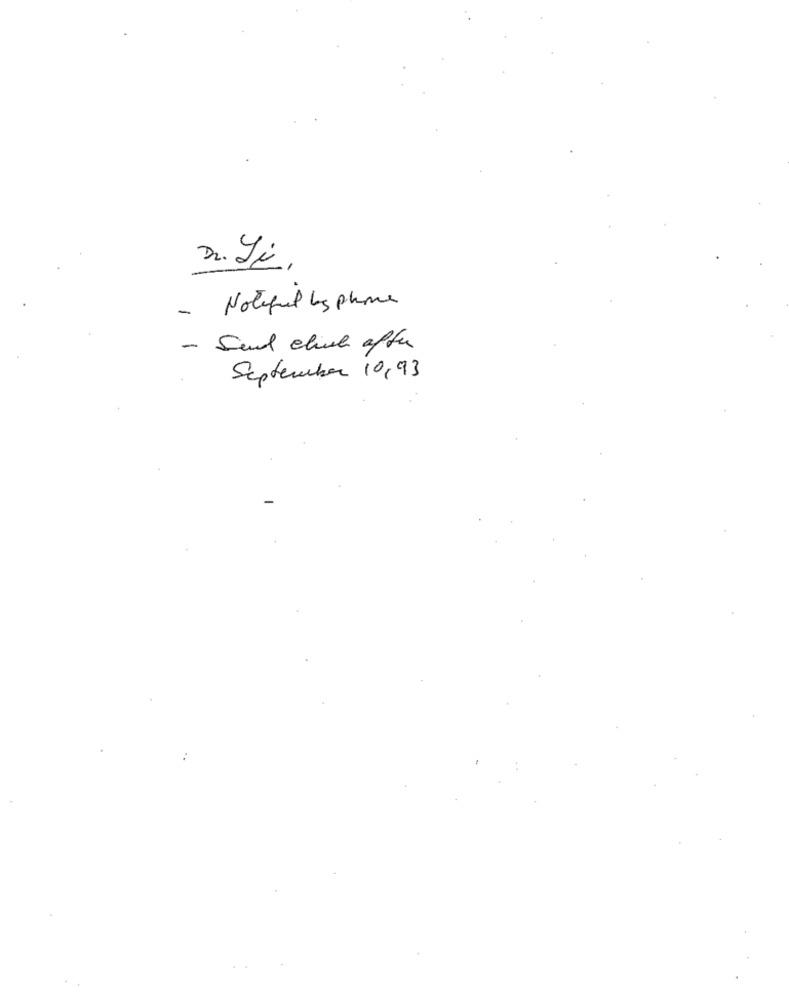
Dr. Li,
- Notified by phone
- Send click after
September 10,93